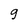
Character: 9